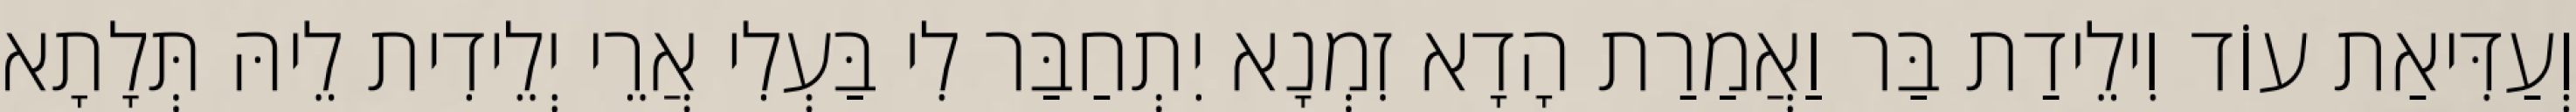
וְעַדִּיאַת עוֹד וִילֵידַת בַּר וַאֲמַרַת הָדָא זִמְנָא יִתְחַבַּר לִי בַּעְלִי אֲרֵי יְלֵידִית לֵיהּ תְּלָתָא